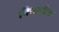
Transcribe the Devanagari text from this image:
किवनीन